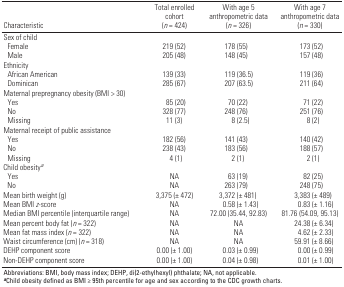
| Characteristic | Total enrolled cohort (n = 424) | With age 5 anthropometric data (n = 326) | With age 7 anthropometric data (n = 330) |
 | --- | --- | --- | --- |
 | Sex of child |
 | Female | 219 (52) | 178 (55) | 173 (52) |
 | Male | 205 (48) | 148 (45) | 157 (48) |
 | Ethnicity |
 | African American | 139 (33) | 119 (36.5) | 119 (36) |
 | Dominican | 285 (67) | 207 (63.5) | 211 (64) |
 | Maternal prepregnancy obesity (BMI > 30) |
 | Yes | 85 (20) | 70 (22) | 71 (22) |
 | No | 328 (77) | 248 (76) | 251 (76) |
 | Missing | 11 (3) | 8 (2.5) | 8 (2) |
 | Maternal receipt of public assistance |
 | Yes | 182 (56) | 141 (43) | 140 (42) |
 | No | 238 (43) | 183 (56) | 188 (57) |
 | Missing | 4 (1) | 2 (1) | 2 (1) |
 | Child obesitya |
 | Yes | NA | 63 (19) | 82 (25) |
 | No | NA | 263 (79) | 248 (75) |
 | Mean birth weight (g) | 3,375 (± 472) | 3,372 (± 481) | 3,383 (± 489) |
 | Mean BMI z-score | NA | 0.58 (± 1.43) | 0.83 (± 1.16) |
 | Median BMI percentile (interquartile range) | NA | 72.00 (35.44, 92.83) | 81.76 (54.09, 95.13) |
 | Mean percent body fat (n = 322) | NA | NA | 24.38 (± 6.34) |
 | Mean fat mass index (n = 322) | NA | NA | 4.62 (± 2.33) |
 | Waist circumference (cm) (n = 318) | NA | NA | 59.91 (± 8.66) |
 | DEHP component score | 0.00 (± 1.00) | 0.03 (± 0.99) | 0.00 (± 0.99) |
 | Non-DEHP component score | 0.00 (± 1.00) | 0.04 (± 0.98) | 0.01 (± 1.00) |
 | <COLSPAN=4> Abbreviations: BMI, body mass index; DEHP, di(2-ethylhexyl) phthalate; NA, not applicable. aChild obesity defined as BMI ≥ 95th percentile for age and sex according to the CDC growth charts. |